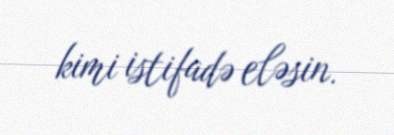
kimi istifadə eləsin.